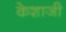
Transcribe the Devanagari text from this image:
केशाजी